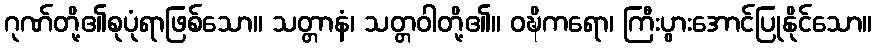
ဂုဏ်တို့၏စုပုံရာဖြစ်သော။ သတ္တာနံ၊ သတ္တဝါတို့၏။ ဝဍ္ဎိကရော၊ ကြီးပွားအောင်ပြုနိုင်သော။